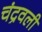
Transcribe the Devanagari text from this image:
चंद्रवली